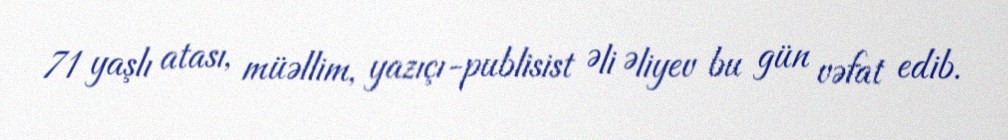
71 yaşlı atası, müəllim, yazıçı-publisist Əli Əliyev bu gün vəfat edib.